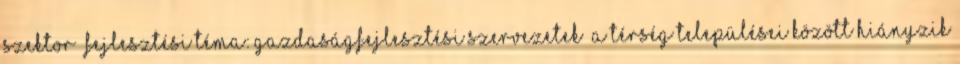
Szektor fejlesztési téma: Gazdaságfejlesztési szervezetek ▪A térség települései között hiányzik